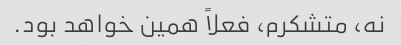
نه، متشکرم، فعلاً همین خواهد بود.